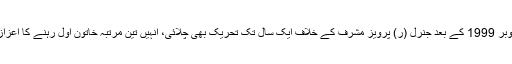
انہوں نے 12 اکتوبر 1999 کے بعد جنرل (ر) پرویز مشرف کے خلاف ایک سال تک تحریک بھی چلائی، انہیں تین مرتبہ خاتون اول رہنے کا اعزاز بھی حاصل رہا۔